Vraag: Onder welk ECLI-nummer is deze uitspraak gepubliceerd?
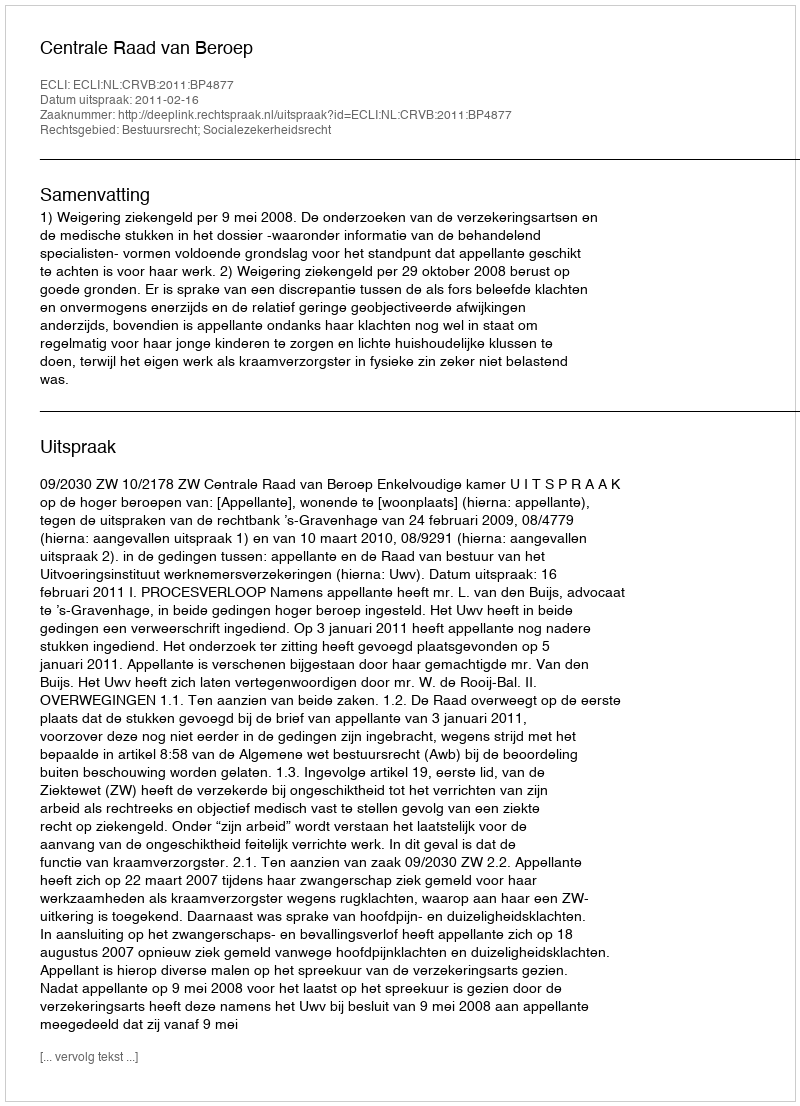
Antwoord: ECLI:NL:CRVB:2011:BP4877